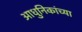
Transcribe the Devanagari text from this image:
आधुनिकांच्या